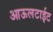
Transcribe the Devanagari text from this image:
आऊलटाईट